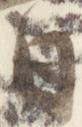
日